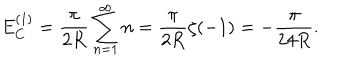
LaTeX: E _ { C } ^ { ( 1 ) } = \frac { \pi } { 2 R } \sum _ { n = 1 } ^ { \infty } n = \frac { \pi } { 2 R } \zeta ( - 1 ) = - \frac { \pi } { 2 4 R } .